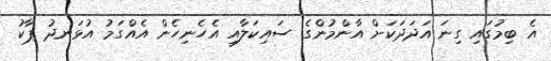
އެ ބިމުގައި ގިނަ އަދަދަކަށް އާންމުންގެ ސައިކަލާއި އެހެނިހެން އެއްގަމު އުޅަނދު ޕާކު